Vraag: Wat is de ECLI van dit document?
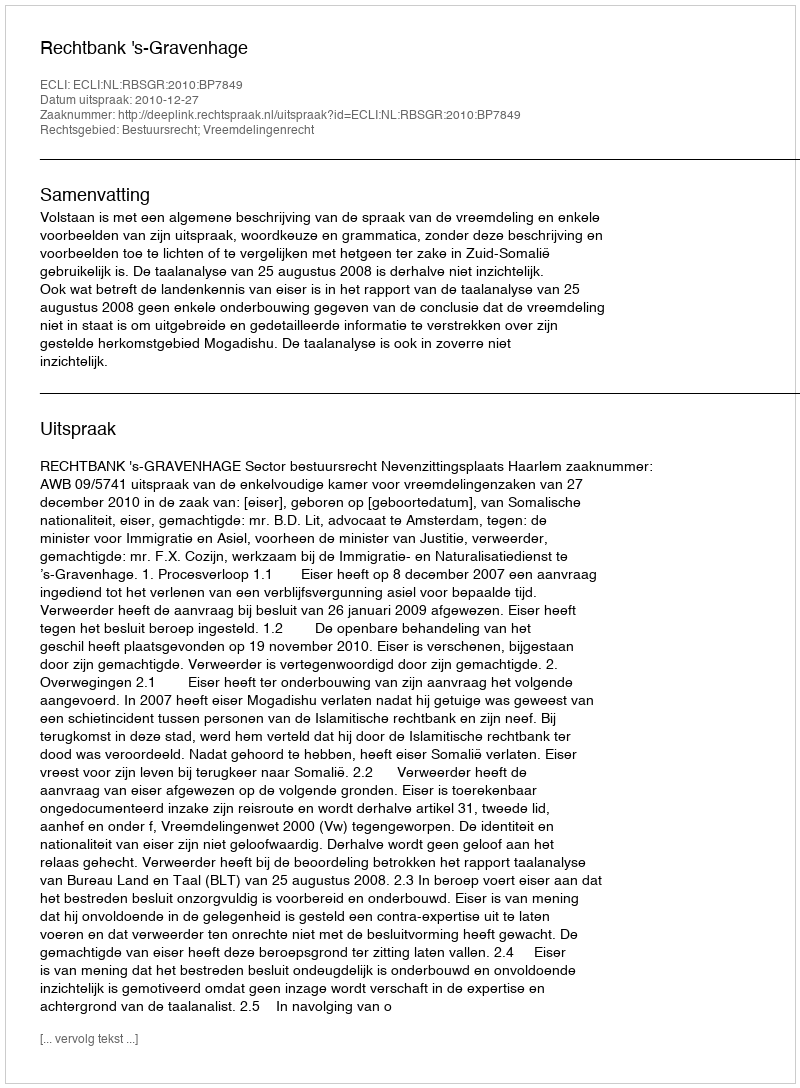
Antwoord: ECLI:NL:RBSGR:2010:BP7849